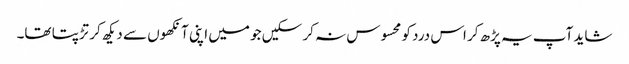
شاید آپ یہ پڑھ کر اس درد کو محسوس نہ کر سکیں جو میں اپنی آنکھوں سے دیکھ کر تڑپتا تھا۔